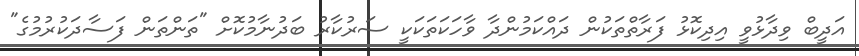
އަދީބް ވިދާޅުވީ އިދިކޮޅު ފަރާތްތަކުން ދައްކަމުންދާ ވާހަކަތަކަކީ ސަރުކާރު ބަދުނާމުކޮށް "ތަންތަން ފަސާދަކުރުމުގެ"